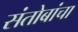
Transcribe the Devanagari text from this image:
संतोबांचा